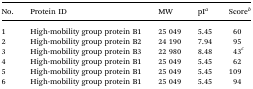
<table><thead><tr><td><b>No.</b></td><td><b>Protein ID</b></td><td><b>MW</b></td><td><b>pI<sup><i>a</i></sup></b></td><td><b>Score<sup><i>b</i></sup></b></td></tr></thead><tbody><tr><td>1</td><td>High-mobility group protein B1</td><td>25 049</td><td>5.45</td><td>60</td></tr><tr><td>2</td><td>High-mobility group protein B2</td><td>24 190</td><td>7.94</td><td>95</td></tr><tr><td>3</td><td>High-mobility group protein B3</td><td>22 980</td><td>8.48</td><td>43<sup><i>c</i></sup></td></tr><tr><td>4</td><td>High-mobility group protein B1</td><td>25 049</td><td>5.45</td><td>62</td></tr><tr><td>5</td><td>High-mobility group protein B1</td><td>25 049</td><td>5.45</td><td>109</td></tr><tr><td>6</td><td>High-mobility group protein B1</td><td>25 049</td><td>5.45</td><td>94</td></tr></tbody></table>